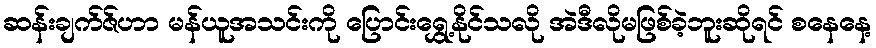
ဆန်းချက်ဇ်ဟာ မန်ယူအသင်းကို ပြောင်းရွှေ့နိုင်သလို အဲဒီလိုမဖြစ်ခဲ့ဘူးဆိုရင် စနေနေ့